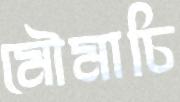
মৌমাচি